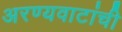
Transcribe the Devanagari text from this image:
अरण्यवाटांची